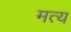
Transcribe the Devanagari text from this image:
मत्य